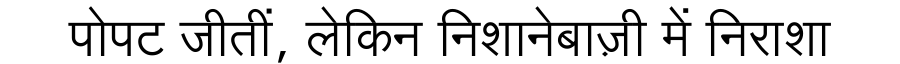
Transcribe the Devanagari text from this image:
पोपट जीतीं, लेकिन निशानेबाज़ी में निराशा